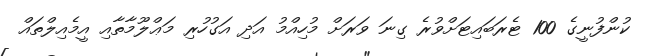
ކުންފުނީގެ 100 ޓެރަބައިޓަށްވުރެ ގިނަ ވަރަށް މުހިއްމު އަދި އަގުހުރި މަޢްލޫމާތާއި އީމެއިލްތައް